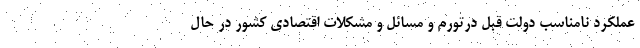
عملکرد نامناسب دولت قبل درتورم و مسائل و مشکلات اقتصادی کشور در حال